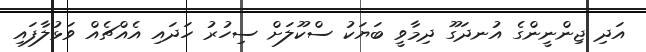
އަދި ޖިންނީންގެ އުނދަގޫ ދިމާވީ ބަޔަކު ސްކޫލަށް ސިހުރު ހަދައި އެއްޗެއް ވަޅުލާފައި